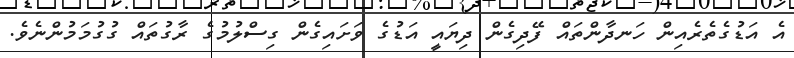
އެ އަޑުގެތެރެއިން ހަނދާންތައް ފޭދިގެން ދިޔައީ އަޑުގެ ވަށައިގެން ގިސްލުމުގެ ރާގުތައް ގުގުމަމުންނެވެ.